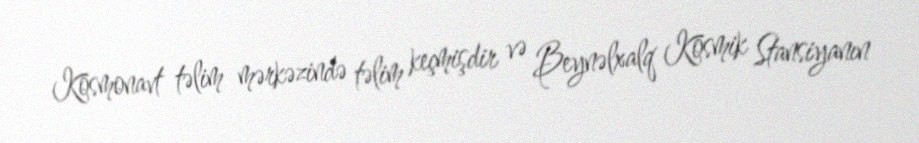
Kosmonavt təlim mərkəzində təlim keçmişdir və Beynəlxalq Kosmik Stansiyanın